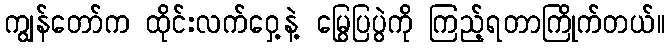
ကျွန်တော်က ထိုင်းလက်ဝှေ့နဲ့ မြွေပြပွဲကို ကြည့်ရတာကြိုက်တယ်။